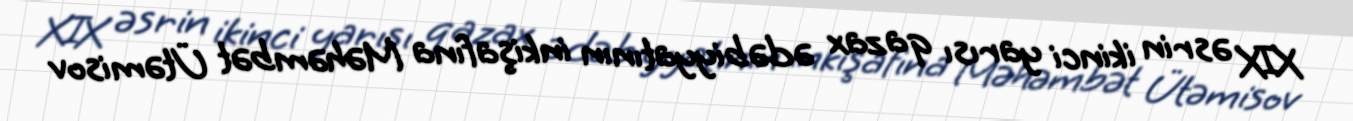
XIX əsrin ikinci yarısı qazax ədəbiyyatının inkişafına Məhəmbət Ütəmisov